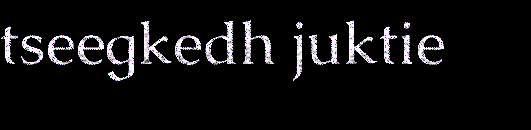
tseegkedh juktie